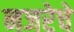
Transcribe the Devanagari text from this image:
नजरेचे